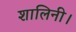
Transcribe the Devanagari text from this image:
शालिनी।